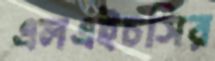
এলএইচসির